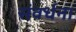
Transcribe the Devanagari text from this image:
संवर्धना